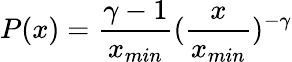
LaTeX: P(x)=\frac{\gamma-1}{x_{min}}(\frac{x}{x_{min}})^{-\gamma}